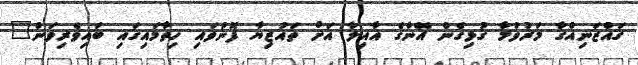
ގައްޒަނިއްގާ މަރުވުމާ ގުޅިގެން އޭނާގެ އާއިލާ އަށް ތައުޒިޔާ ފޮނުވައި ހިތާމައިގައި ބައިވެރިވަން"